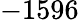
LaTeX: -1596